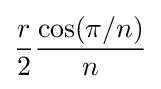
{\frac {r}{2}}{\frac {\cos(\pi /n)}{n}}